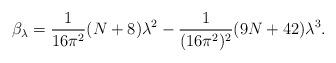
LaTeX: \begin{align*} \beta_\lambda =\frac{1}{16\pi^2}(N+8){\lambda}^2 -\frac{1}{(16\pi^2)^2}(9N+42){\lambda}^3.\end{align*}